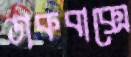
ডাকবাক্সে